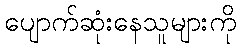
ပျောက်ဆုံးနေသူများကို